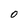
Character: 0